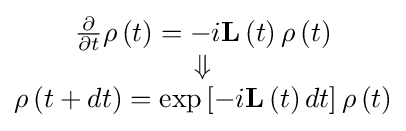
{\begin{matrix}{\frac {\partial }{\partial t}}\mathbf {\rho } \left(t\right)=-i\mathbf {L} \left(t\right)\mathbf {\rho } \left(t\right)\\\Downarrow \\\mathbf {\rho } \left(t+dt\right)=\exp \left[-i\mathbf {L} \left(t\right)dt\right]\mathbf {\rho } \left(t\right)\\\end{matrix}}